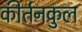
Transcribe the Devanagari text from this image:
कीर्तनकुल